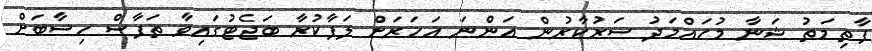
ފާތިމަތު ޝަނާ މުހައްމަދު ސަރުކާރުން އަންނަ އަހަރަށް ލަފާކުރާ ބަޖެޓުގައިވާ ތަފާސް ހިސާބަށް